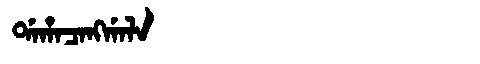
Manchu: ᡩᠠᡥᠠᠴᠠᠩᡤᠠᠯᠠ
Romanization: DAHACANGGALA